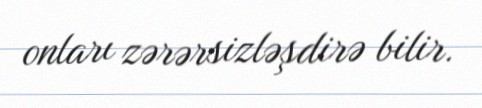
onları zərərsizləşdirə bilir.